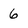
Character: 6